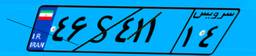
۴۶S۴۱۱۱۴